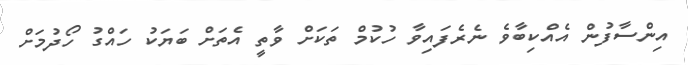
އިންސާފުން އެއްކިބާވެ ނެރެފައިވާ ހުކުމް ތަކަށް ވާތީ އެތަށް ބަޔަކު ހައްގު ހޯދުމަށް